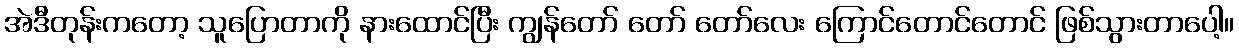
အဲဒီတုန်းကတော့ သူပြောတာကို နားထောင်ပြီး ကျွန်တော် တော် တော်လေး ကြောင်တောင်တောင် ဖြစ်သွားတာပေါ့။